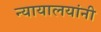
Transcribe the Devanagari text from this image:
न्यायालयांनी